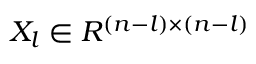
X _ { l } \in R ^ { ( n - l ) \times ( n - l ) }